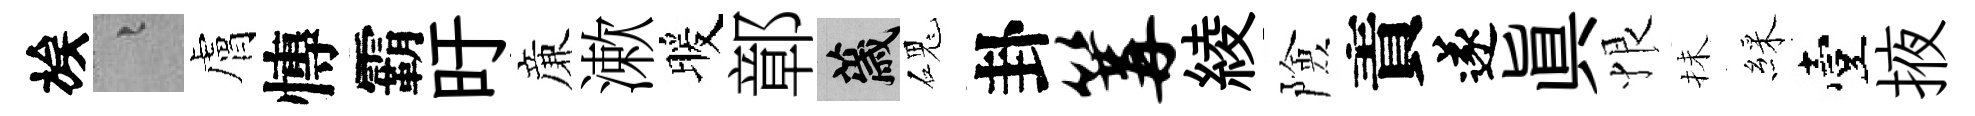
族融膚慱霸旴亷漱暖鄣薉磈卦篝綾險責遂真恨抺綵臺掖